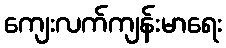
ကျေးလက်ကျန်းမာရေး